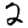
Digit: 2